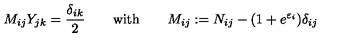
M _ { i j } Y _ { j k } = \frac { \delta _ { i k } } { 2 } \quad \quad \mathrm { w i t h } \qquad M _ { i j } : = N _ { i j } - ( 1 + e ^ { \varepsilon _ { i } } ) \delta _ { i j }